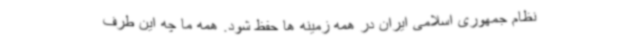
نظام جمهوری اسلامی ایران در همه زمینه ها حفظ شود. همه ما چه این طرف